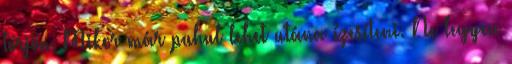
törjön. Mikor már puhul lehet utána ízesíteni. Ne legyen